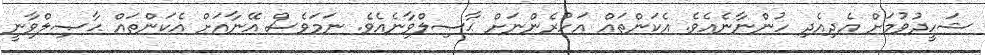
ޝަހީދުވުމަށް އެދިއެދި ހުންނާނެއެވެ. އެކަންތައް އަހުރެންނަށް ޙާޞިލްވާނެއެވެ. ނަމަވެސް އޭނާއަށް އެކަންތައް ޙާޞިލްވާނީ